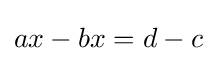
ax-bx=d-c